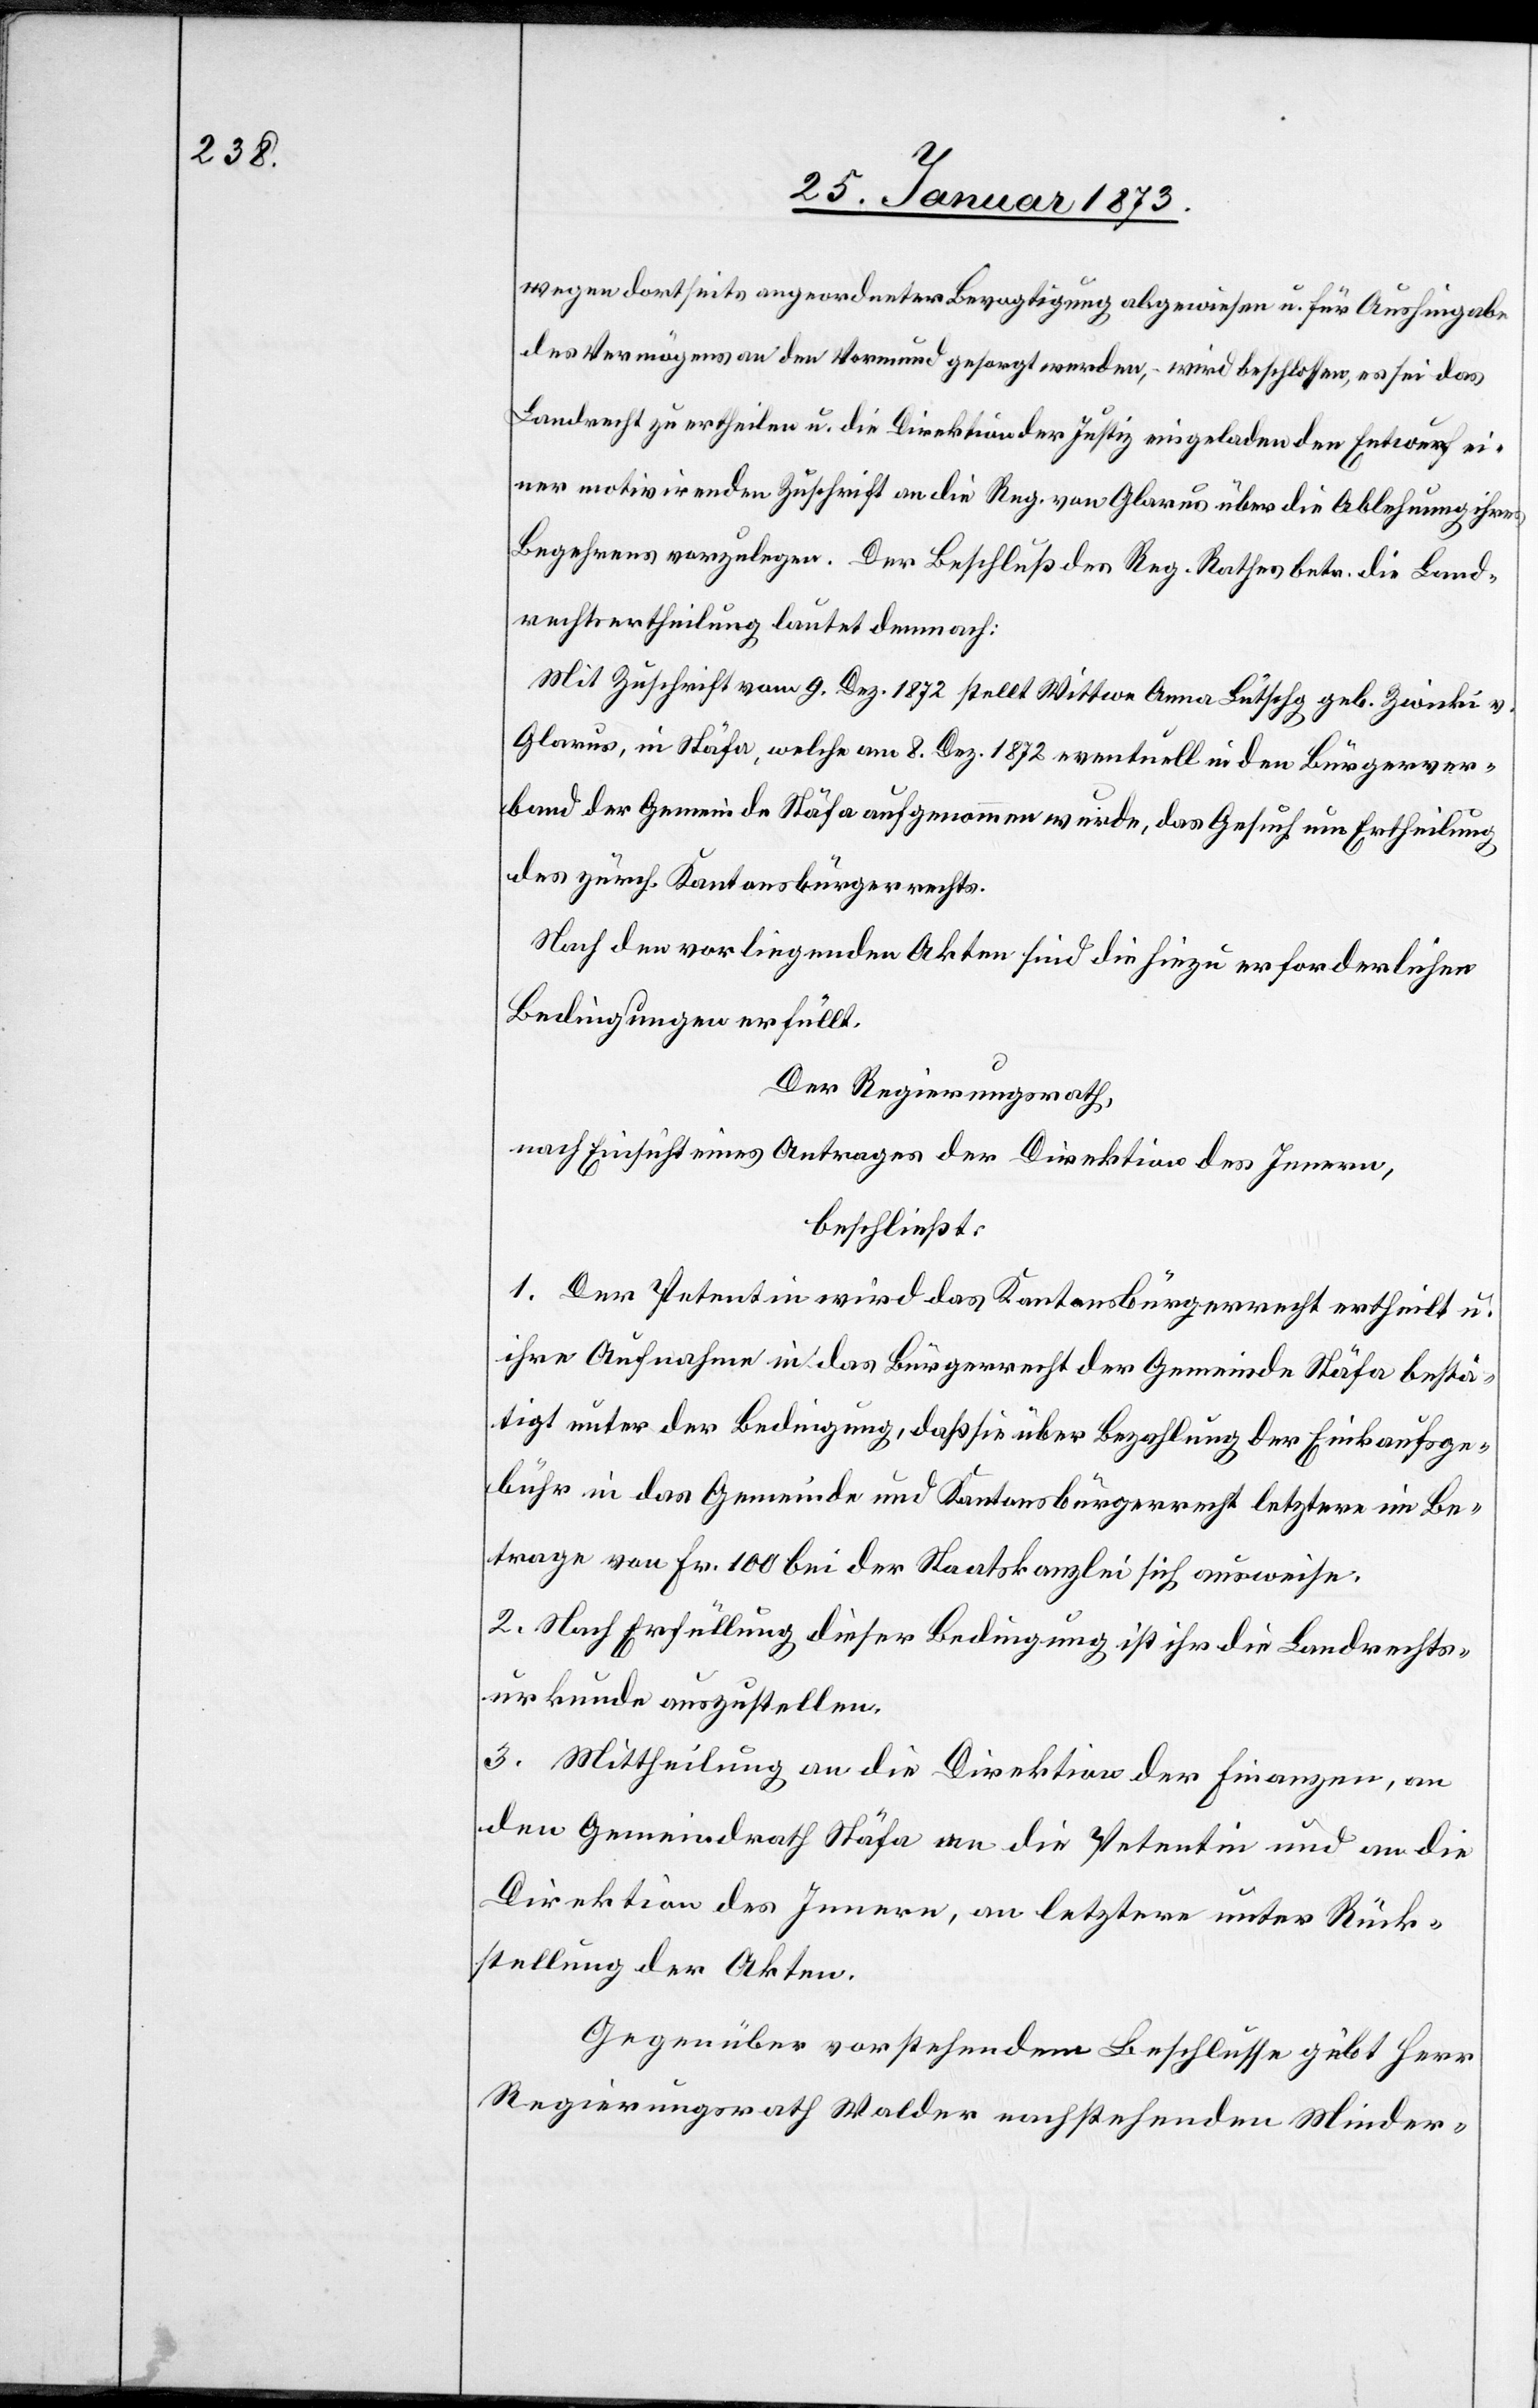
wegen dortseits angeordneter Bevogtigung abgewiesen u. für Aushingabe
des Vermögens an den Vormund gesorgt werden, wird beschlossen, es sei das
Landrecht zu ertheilen u. die Direktion der Justiz eingeladen den Entwurf ei¬
ner motivirenden Zuschrift an die Reg. von Glarus über die Ablehnung ihres
Begehrens vorzulegen. Der Beschluß des Reg. Rathes betr. die Land¬
rechtsertheilung lautet demnach:
Mit Zuschrift vom 9. Dez. 1872 stellt Wittwe Anna Lütschg geb. Zwicki v.
Glarus, in Stäfa, welche am 8. Dez. 1872 eventuell in den Bürgerver¬
band der Gemeinde Stäfa aufgenommen wurde, das Gesuch um Ertheilung
des zürch. Kantonsbürgerrechts.
Nach den vorliegenden Akten sind die hiezu erforderlichen
Bedingungen erfüllt.
Der Regierungsrath,
nach Einsicht eines Antrages der Direktion des Innern,
beschließt:
1. Der Petentin wird das Kantonsbürgerrecht ertheilt u.
ihre Aufnahme in das Bürgerrecht der Gemeinde Stäfa bestä¬
tigt unter der Bedingung, daß sie über Bezahlung der Einkaufsge¬
bühr in das Gemeinde[-] und Kantonsbürgerrecht letztere im Be¬
trage von Fr. 100 bei der Staatskanzlei sich ausweise.
2. Nach Erfüllung dieser Bedingung ist ihr die Landrechts¬
urkunde auszustellen.
3. Mittheilung an die Direktion der Finanzen, an
den Gemeindrath Stäfa an die Petentin und an die
Direktion des Innern, an letztere unter Rück¬
stellung der Akten.
Gegenüber vorstehendem Beschlusse gibt Herr
Regierungsrath Walder nachstehenden Minder-